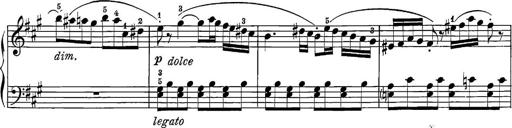
Title: 12 Sonatine per Pianoforte
Composer: Friedrich Kuhlau